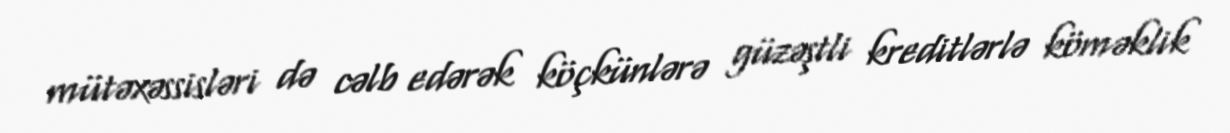
mütəxəssisləri də cəlb edərək köçkünlərə güzəştli kreditlərlə köməklik